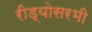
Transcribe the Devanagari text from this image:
रीड्योसरभी